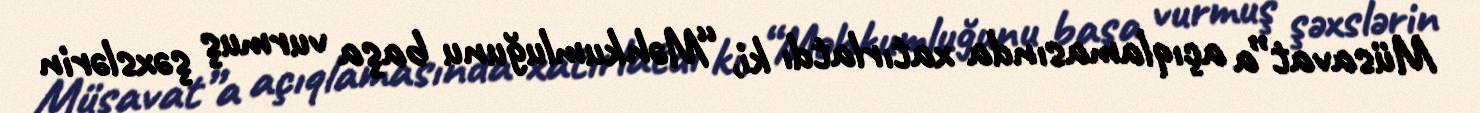
Müsavat”a açıqlamasında xatırlatdı ki, “Məhkumluğunu başa vurmuş şəxslərin